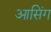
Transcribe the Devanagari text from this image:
आसिंग